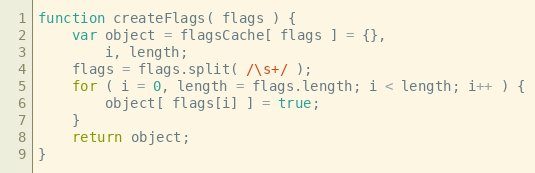
Language: JavaScript
function createFlags( flags ) {
	var object = flagsCache[ flags ] = {},
		i, length;
	flags = flags.split( /\s+/ );
	for ( i = 0, length = flags.length; i < length; i++ ) {
		object[ flags[i] ] = true;
	}
	return object;
}